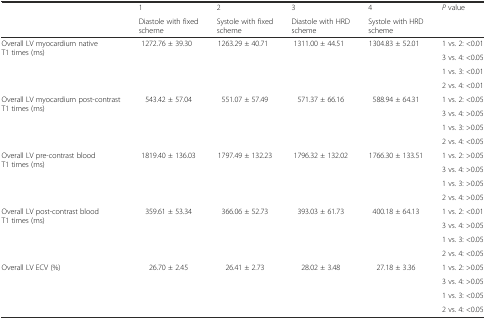
<table><thead><tr><td></td><td><b>1</b></td><td><b>2</b></td><td><b>3</b></td><td><b>4</b></td><td rowspan="2"><b><i>P</i> value</b></td></tr><tr><td></td><td><b>Diastole with fixed scheme</b></td><td><b>Systole with fixed scheme</b></td><td><b>Diastole with HRD scheme</b></td><td><b>Systole with HRD scheme</b></td></tr></thead><tbody><tr><td rowspan="4">Overall LV myocardium native T1 times (ms)</td><td rowspan="4">1272.76 ± 39.30</td><td rowspan="4">1263.29 ± 40.71</td><td rowspan="4">1311.00 ± 44.51</td><td rowspan="4">1304.83 ± 52.01</td><td>1 vs. 2: &lt;0.01</td></tr><tr><td>3 vs. 4: &lt;0.05</td></tr><tr><td>1 vs. 3: &lt;0.01</td></tr><tr><td>2 vs. 4: &lt;0.01</td></tr><tr><td rowspan="4">Overall LV myocardium post-contrast T1 times (ms)</td><td rowspan="4">543.42 ± 57.04</td><td rowspan="4">551.07 ± 57.49</td><td rowspan="4">571.37 ± 66.16</td><td rowspan="4">588.94 ± 64.31</td><td>1 vs. 2: &lt;0.05</td></tr><tr><td>3 vs. 4: &gt;0.05</td></tr><tr><td>1 vs. 3: &gt;0.05</td></tr><tr><td>2 vs. 4: &lt;0.05</td></tr><tr><td rowspan="4">Overall LV pre-contrast blood T1 times (ms)</td><td rowspan="4">1819.40 ± 136.03</td><td rowspan="4">1797.49 ± 132.23</td><td rowspan="4">1796.32 ± 132.02</td><td rowspan="4">1766.30 ± 133.51</td><td>1 vs. 2: &gt;0.05</td></tr><tr><td>3 vs. 4: &gt;0.05</td></tr><tr><td>1 vs. 3: &gt;0.05</td></tr><tr><td>2 vs. 4: &gt;0.05</td></tr><tr><td rowspan="4">Overall LV post-contrast blood T1 times (ms)</td><td rowspan="4">359.61 ± 53.34</td><td rowspan="4">366.06 ± 52.73</td><td rowspan="4">393.03 ± 61.73</td><td rowspan="4">400.18 ± 64.13</td><td>1 vs. 2: &lt;0.01</td></tr><tr><td>3 vs. 4: &gt;0.05</td></tr><tr><td>1 vs. 3: &lt;0.05</td></tr><tr><td>2 vs. 4: &lt;0.05</td></tr><tr><td rowspan="4">Overall LV ECV (%)</td><td rowspan="4">26.70 ± 2.45</td><td rowspan="4">26.41 ± 2.73</td><td rowspan="4">28.02 ± 3.48</td><td rowspan="4">27.18 ± 3.36</td><td>1 vs. 2: &gt;0.05</td></tr><tr><td>3 vs. 4: &gt;0.05</td></tr><tr><td>1 vs. 3: &lt;0.05</td></tr><tr><td>2 vs. 4: &lt;0.05</td></tr></tbody></table>